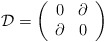
\begin{align*}\mathcal{D}=\left( \begin{array}{cc}0 & \partial \\\partial & 0\end{array}\right)\end{align*}